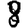
Digit: 8